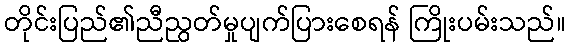
တိုင်းပြည်၏ညီညွတ်မှုပျက်ပြားစေရန် ကြိုးပမ်းသည်။